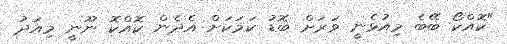
"ކޮއްކޯ ބޭބެ މިއުޅެނީ ވަރަށް ބޮޑު ކަމަކަށް އެދެން ކޮއްކޮ ނޫނީ މިއަދު